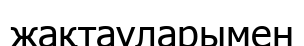
жақтауларымен